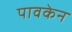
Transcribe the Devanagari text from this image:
पावकेन